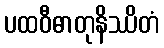
ပထဝီဓာတုနိဿိတံ